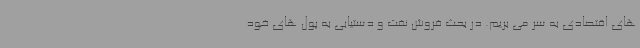
های اقتصادی به سر می بریم. در بحث فروش نفت و دستیابی به پول های خود